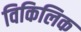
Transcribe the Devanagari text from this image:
विकिलिक